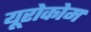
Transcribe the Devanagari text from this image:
यूरोकोम